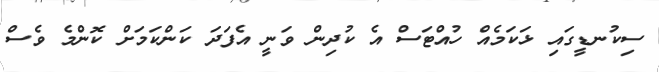
ސިކުނޑީގައި ޅަކަމެއް ހުއްޓަސް އެ ކުދިން ވަނީ އެފަދަ ކަންކަމަށް ކޮންމެ ވެސް